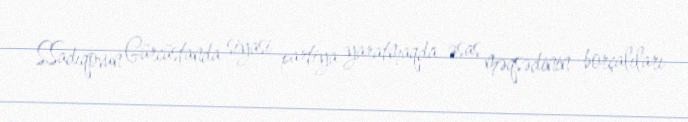
S.Sadıqovun Gürcüstanda siyasi partiya yaratmaqda əsas məqsədinin borçalıları